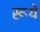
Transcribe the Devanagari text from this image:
रूये